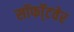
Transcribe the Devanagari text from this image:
सॉफॉ्टवेर